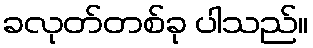
ခလုတ်တစ်ခု ပါသည်။